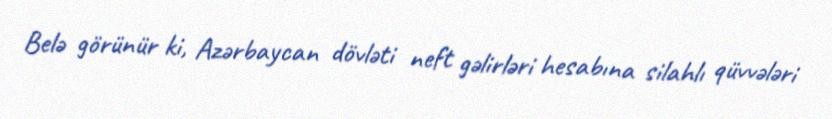
Belə görünür ki, Azərbaycan dövləti neft gəlirləri hesabına silahlı qüvvələri